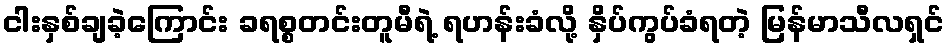
ငါးနှစ်ချခဲ့ကြောင်း ခရစ္စတင်းတူမီရဲ့ ရဟန်းခံလို့ နှိပ်ကွပ်ခံရတဲ့ မြန်မာသီလရှင်